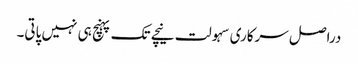
دراصل سرکاری سہولت نیچے تک پہنچ ہی نہیں پاتی۔